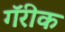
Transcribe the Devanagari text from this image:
गॅरीक